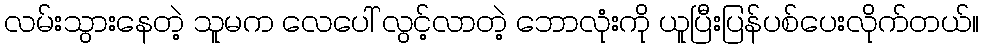
လမ်းသွားနေတဲ့ သူမက လေပေါ် လွင့်လာတဲ့ ဘောလုံးကို ယူပြီးပြန်ပစ်ပေးလိုက်တယ်။